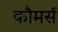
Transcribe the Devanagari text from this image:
कौमर्स